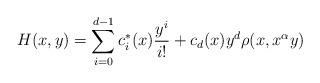
LaTeX: \begin{align*}H(x,y)= \sum_{i=0}^{d-1}c_i^*(x) \frac{ y^{i}}{i!}+c_d(x)y^d \rho(x,x^{\alpha } y)\end{align*}